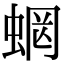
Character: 𧍑